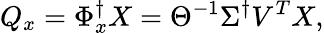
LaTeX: Q_{x}=\Phi_{x}^{\dagger}X=\Theta^{-1}\Sigma^{\dagger}V^{T}X,